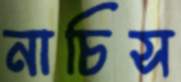
নাচিস